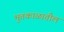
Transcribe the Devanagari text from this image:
भुतकाळातील